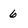
Character: 6